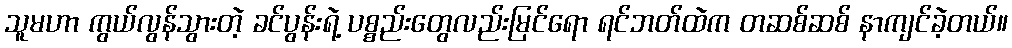
သူမဟာ ကွယ်လွန်သွားတဲ့ ခင်ပွန်းရဲ့ ပစ္စည်းတွေလည်းမြင်ရော ရင်ဘတ်ထဲက တဆစ်ဆစ် နာကျင်ခဲ့တယ်။